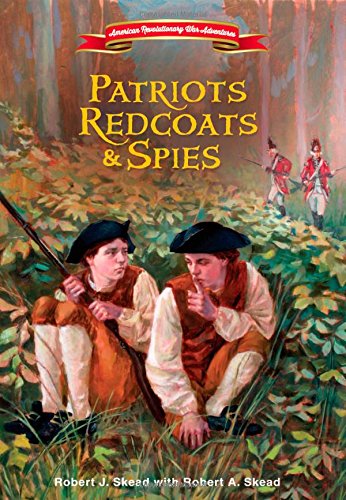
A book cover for Patriots, Redcoats and Spies (American Revolutionary War Adventures); Robert J. Skead; Christian Books & Bibles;